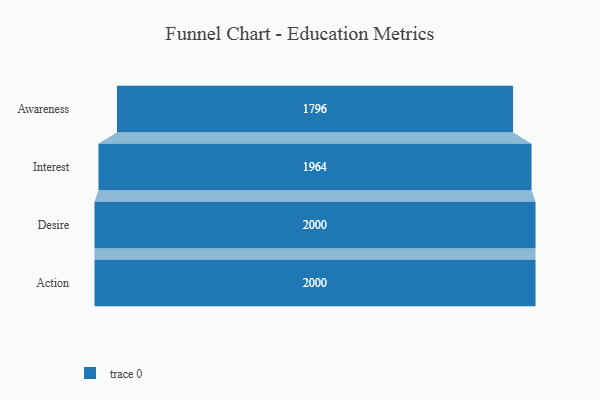
{"axis": {"x": "Stage", "y": "Value"}, "legend": [""], "data": [{"x": "Awareness", "y": 1796.0, "type": ""}, {"x": "Interest", "y": 1964.0, "type": ""}, {"x": "Desire", "y": 2000, "type": ""}, {"x": "Action", "y": 2000, "type": ""}]}